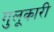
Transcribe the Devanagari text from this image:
गुलूकारी